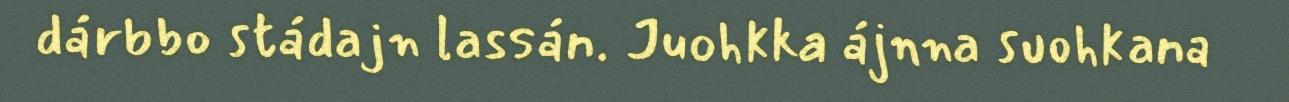
dárbbo stádajn lassán. Juohkka ájnna suohkana